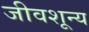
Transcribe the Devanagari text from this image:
जीवशून्य